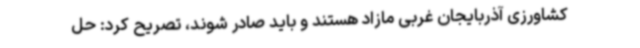
کشاورزی آذربایجان غربی مازاد هستند و باید صادر شوند، تصریح کرد: حل